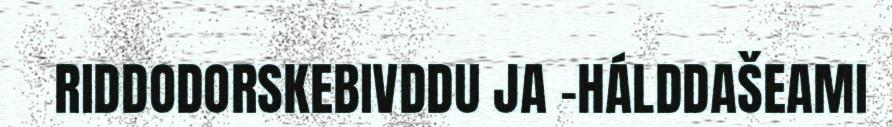
RIDDODORSKEBIVDDU JA -HÁLDDAŠEAMI